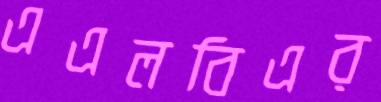
এএলবিএর